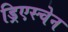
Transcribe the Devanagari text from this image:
ड्रिएस्चेन